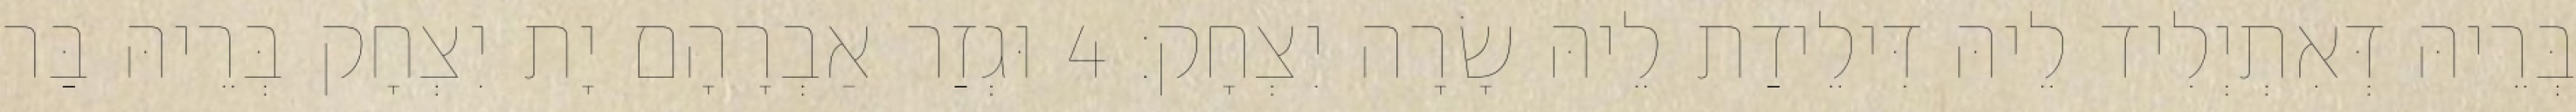
בְּרֵיהּ דְּאִתְיְלִיד לֵיהּ דִּילֵידַת לֵיהּ שָׂרָה יִצְחָק׃ 4 וּגְזַר אַבְרָהָם יָת יִצְחָק בְּרֵיהּ בַּר